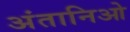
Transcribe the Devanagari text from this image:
अंतानिओ